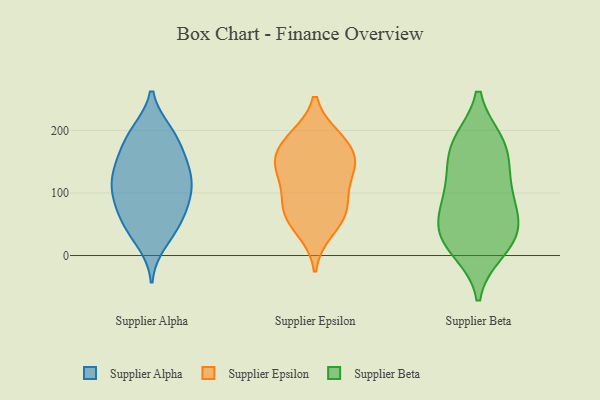
{"axis": {"x": "Customer Acquisition Cost (USD)", "y": "Value"}, "legend": ["Supplier Alpha", "Supplier Beta", "Supplier Epsilon"], "data": [{"x": "", "y": 133, "type": "Supplier Alpha"}, {"x": "", "y": 196, "type": "Supplier Alpha"}, {"x": "", "y": 195, "type": "Supplier Alpha"}, {"x": "", "y": 42, "type": "Supplier Alpha"}, {"x": "", "y": 107, "type": "Supplier Alpha"}, {"x": "", "y": 137, "type": "Supplier Alpha"}, {"x": "", "y": 96, "type": "Supplier Alpha"}, {"x": "", "y": 198, "type": "Supplier Alpha"}, {"x": "", "y": 155, "type": "Supplier Alpha"}, {"x": "", "y": 57, "type": "Supplier Alpha"}, {"x": "", "y": 151, "type": "Supplier Alpha"}, {"x": "", "y": 44, "type": "Supplier Alpha"}, {"x": "", "y": 21, "type": "Supplier Alpha"}, {"x": "", "y": 68, "type": "Supplier Alpha"}, {"x": "", "y": 97, "type": "Supplier Alpha"}, {"x": "", "y": 81, "type": "Supplier Alpha"}, {"x": "", "y": 172, "type": "Supplier Alpha"}, {"x": "", "y": 125, "type": "Supplier Alpha"}, {"x": "", "y": 109, "type": "Supplier Alpha"}, {"x": "", "y": 75, "type": "Supplier Epsilon"}, {"x": "", "y": 185, "type": "Supplier Epsilon"}, {"x": "", "y": 62, "type": "Supplier Epsilon"}, {"x": "", "y": 136, "type": "Supplier Epsilon"}, {"x": "", "y": 147, "type": "Supplier Epsilon"}, {"x": "", "y": 177, "type": "Supplier Epsilon"}, {"x": "", "y": 40, "type": "Supplier Epsilon"}, {"x": "", "y": 74, "type": "Supplier Epsilon"}, {"x": "", "y": 188, "type": "Supplier Epsilon"}, {"x": "", "y": 141, "type": "Supplier Epsilon"}, {"x": "", "y": 96, "type": "Supplier Epsilon"}, {"x": "", "y": 142, "type": "Supplier Epsilon"}, {"x": "", "y": 180, "type": "Supplier Beta"}, {"x": "", "y": 75, "type": "Supplier Beta"}, {"x": "", "y": 173, "type": "Supplier Beta"}, {"x": "", "y": 102, "type": "Supplier Beta"}, {"x": "", "y": 10, "type": "Supplier Beta"}, {"x": "", "y": 140, "type": "Supplier Beta"}, {"x": "", "y": 53, "type": "Supplier Beta"}, {"x": "", "y": 179, "type": "Supplier Beta"}, {"x": "", "y": 33, "type": "Supplier Beta"}, {"x": "", "y": 23, "type": "Supplier Beta"}, {"x": "", "y": 103, "type": "Supplier Beta"}, {"x": "", "y": 36, "type": "Supplier Beta"}]}